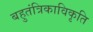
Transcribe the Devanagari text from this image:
बहुतंत्रिकाविकृति